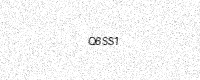
Text: Q6SS1